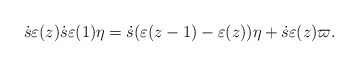
\begin{align*} \dot{s}\varepsilon(z) \dot{s} \varepsilon(1) \eta=\dot{s} (\varepsilon (z-1)-\varepsilon(z) ) \eta+ \dot{s}\varepsilon(z)\varpi.\end{align*}